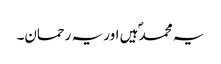
یہ محمدؐ ہیں اور یہ رحمان۔